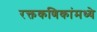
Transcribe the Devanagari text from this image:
रक्तकणिकांमध्ये